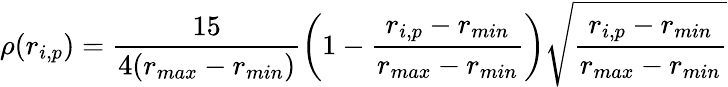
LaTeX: \rho(r_{i,p})=\frac{15}{4(r_{max}-r_{min})}\left(1-\frac{r_{i,p}-r_{min}}{r_{max}-r_{min}}\right)\sqrt{\frac{r_{i,p}-r_{min}}{r_{max}-r_{min}}}